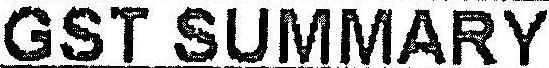
GST SUMMARY